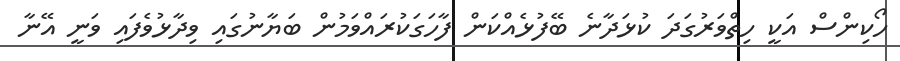
ހޯކިންސް އަކީ ހިތްވަރުގަދަ ކުޅަދާނެ ބޭފުޅެއްކަން ފާހަގަކުރައްވަމުން ބަޔާނުގައި ވިދާޅުވެފައި ވަނީ އޭނާ